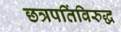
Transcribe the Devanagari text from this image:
छत्रपतिंविरुद्ध